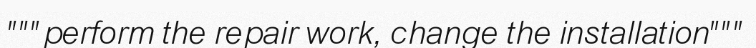
"""perform the repair work, change the installation"""